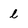
Character: l